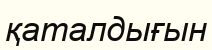
қаталдығын